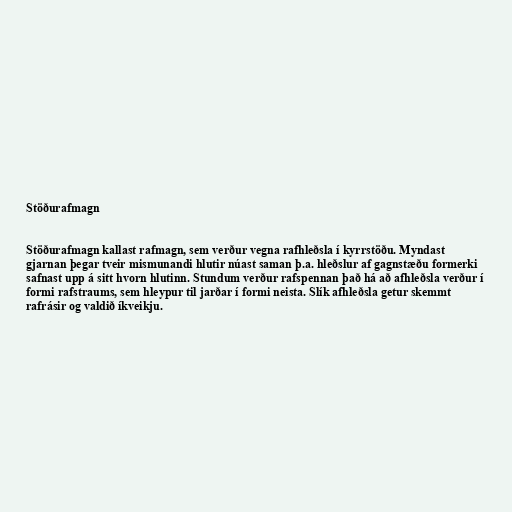
Stöðurafmagn

Stöðurafmagn kallast rafmagn, sem verður vegna rafhleðsla í kyrrstöðu. Myndast
gjarnan þegar tveir mismunandi hlutir núast saman þ.a. hleðslur af gagnstæðu formerki
safnast upp á sitt hvorn hlutinn. Stundum verður rafspennan það há að afhleðsla verður í
formi rafstraums, sem hleypur til jarðar í formi neista. Slík afhleðsla getur skemmt
rafrásir og valdið íkveikju.